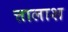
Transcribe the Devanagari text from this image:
त्तालाश